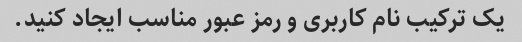
یک ترکیب نام کاربری و رمز عبور مناسب ایجاد کنید.